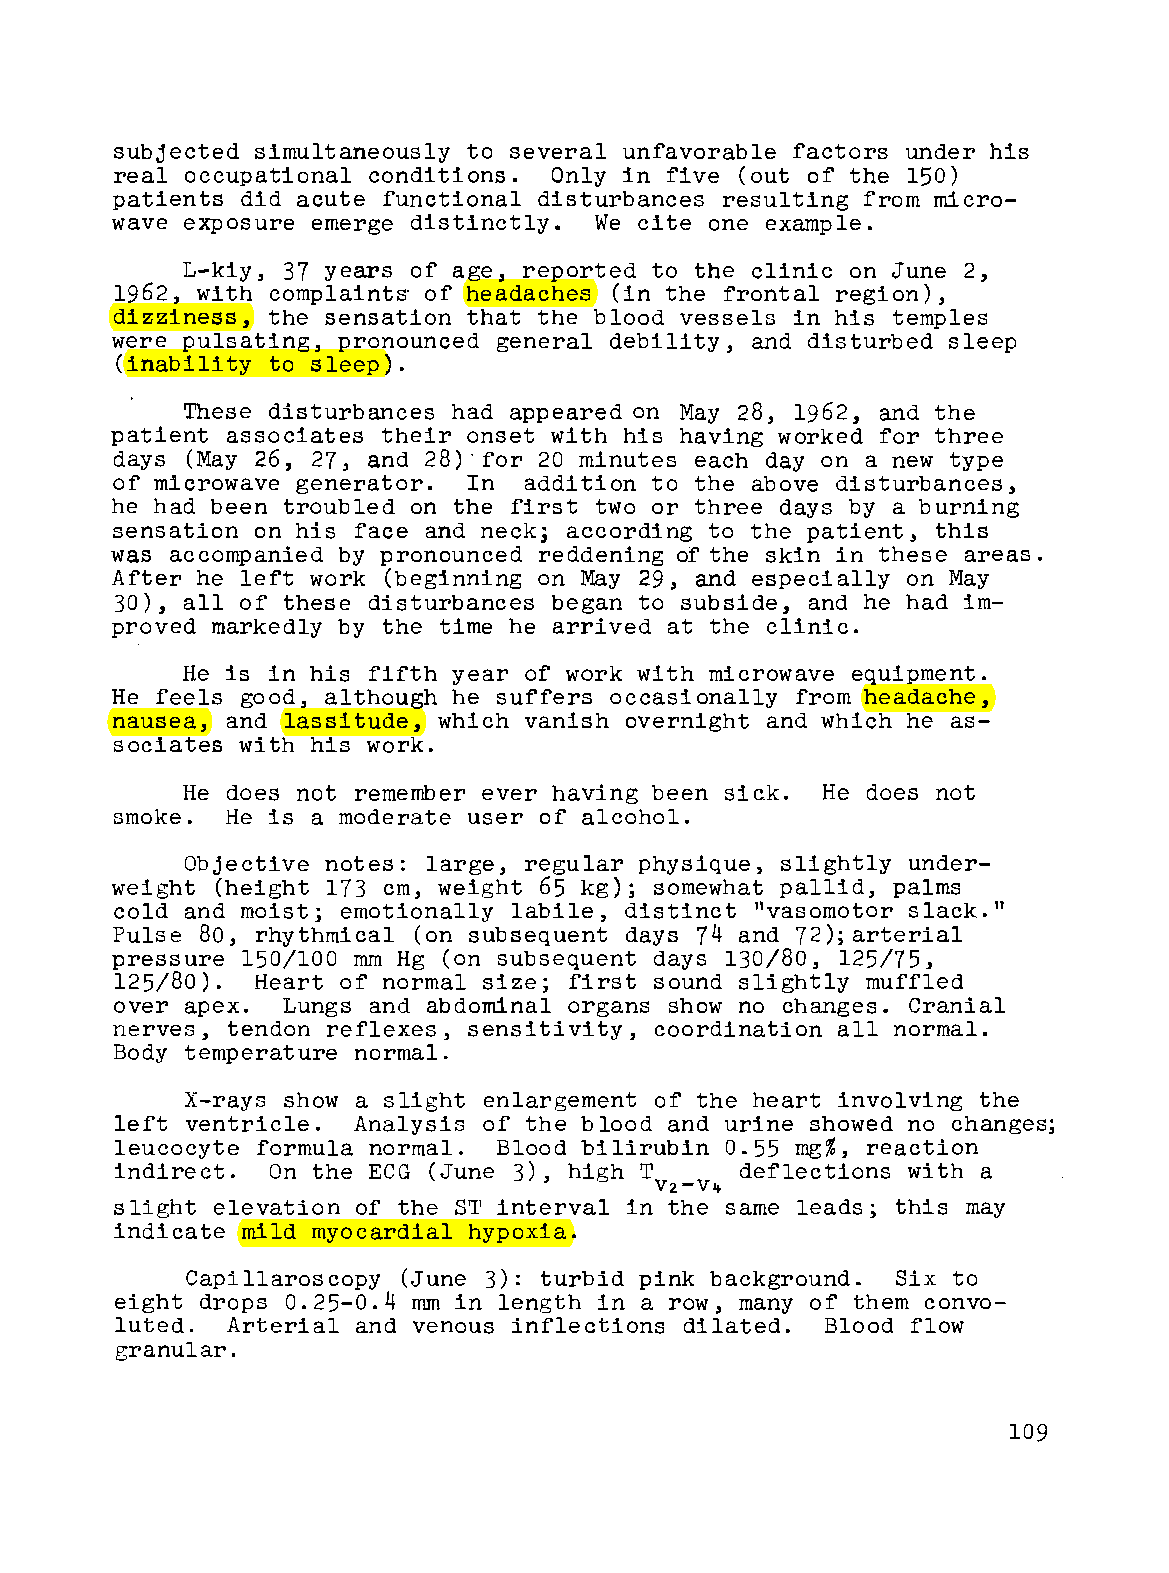
subjected simultaneously to several unfavorable factors under his
 real occupational conditions. Only in five (out of the 150)
 patients did acute functional disturbances resulting from micro
 wave exposure emerge distinctly. We cite one example.
 L-kiy, 37 years of age, reported to the clinic on June 2,
 1962, with complaints' of headaches (in the frontal region),
 dizziness, the sensation that the blood vessels in his temples
 were pulsating, pronounced general debility, and disturbed sleep
 (inability to sleep).
 These disturbances had appeared on May 28, 1962, and the
 patient associates their onset with his having worked for three
 days (May 26, 27, and 28)'for 20 minutes each day on a new type
 of microwave generator. In  addition to the above disturbances,
 he had been troubled on the first two or three days by a burning
 sensation on his face and neck; according to the patient, this
 was accompanied by pronounced reddening of the skin in these areas.
 After he left work (beginning on May 29, and especially on May
 30), all of these disturbances began to subside, and he had im
 proved markedly by the time he arrived at the clinic.
 He is in his fifth year of work with microwave equipment.
 He feels good, although he suffers occasionally from headache,
 nausea, and lassitude, which vanish overnight and which he as
 sociates with his work.
 He does not remember ever having been sick. He does not
 smoke.  He is a moderate user of alcohol.
 Objective notes: large, regular physique, slightly under
 weight (height 173 cm, weight 65 kg); somewhat pallid, palms
 cold and moist; emotionally labile, distinct "vasomotor slack."
 Pulse 80, rhythmical (on subsequent days 74 and 72); arterial
 pressure 150/100 mm Hg (on subsequent days 130/80, 125/75,
 125/80). Heart of normal size; first sound slightly muffled
 over apex. Lungs and abdominal organs show no changes. Cranial
 nerves, tendon reflexes, sensitivity, coordination all normal.
 Body temperature normal.
 X-rays show a slight enlargement of the heart involving the
 left ventricle. Analysis of the blood and urine showed no changes;
 leucocyte formula normal. Blood bilirubin 0.55 mg%, reaction
 indirect. On the ECG (June 3), high T    deflections with a
 V2-V~
 s light elevation of the S'I' interval in the same leads; this may
 indicate mild myocardial hypoxia.
 Capillaroscopy (June 3): turbid pink background. Six to
 eight drops 0.25-0.4 mm in length in a row, many of them convo
 luted. Arterial and venous inflections dilated. Blood flow
 granular.
 109